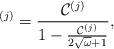
LaTeX: \begin{align*}^{(j)}=\frac{\mathcal{C}^{(j)}}{1-\frac{\mathcal{C}^{(j)}}{2\sqrt{\omega}+1}},\end{align*}